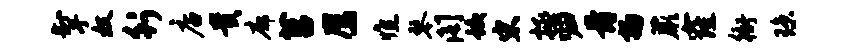
掣奴行店贵廓莒鹰憔琴阁蛟宋拯归骨扬蕨窿衙琼